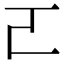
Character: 𠀀